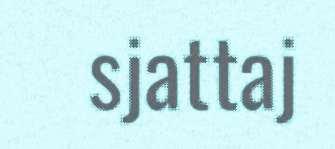
sjattaj